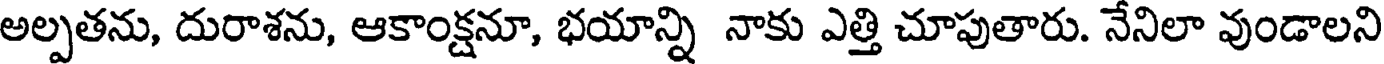
అల్పతను, దురాశను, ఆకాంక్షనూ, భయాన్ని నాకు ఎత్తి చూపుతారు. నేనిలా వుండాలని